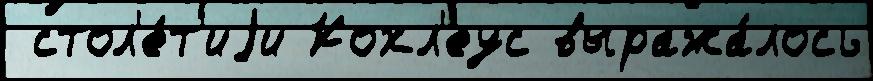
 стол'е́т'иjи Кохл'еус выража́лось